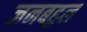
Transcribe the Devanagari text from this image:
जनबहुल